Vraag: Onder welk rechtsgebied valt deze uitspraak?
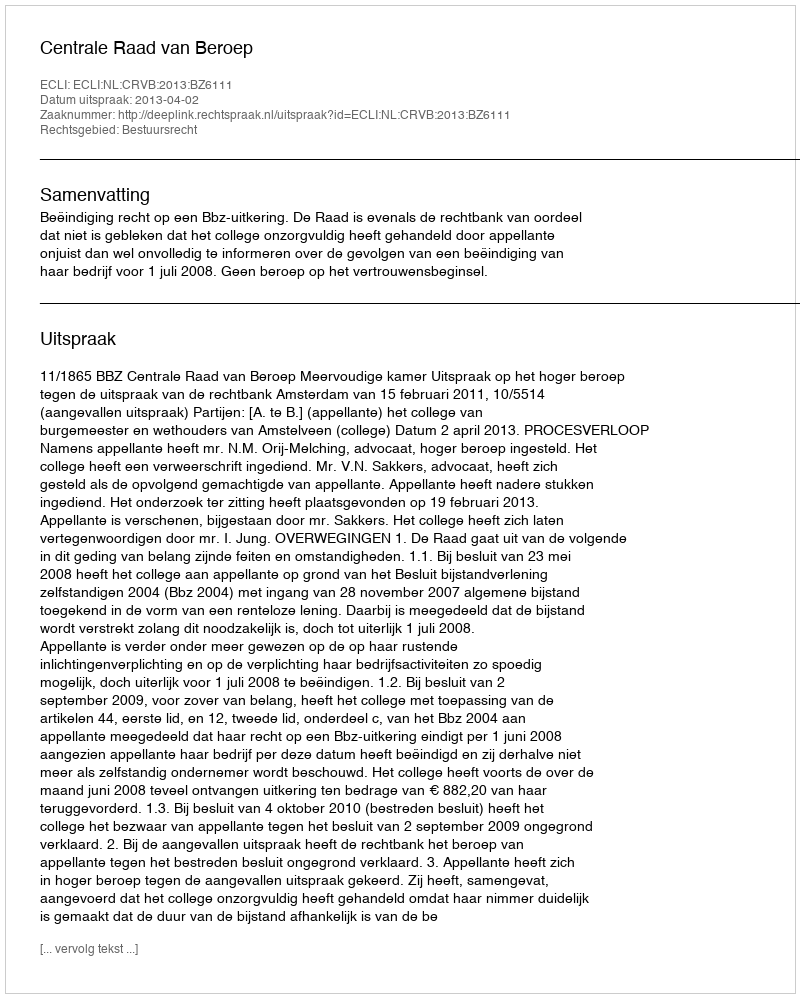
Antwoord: Bestuursrecht